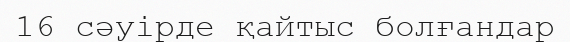
16 сәуірде қайтыс болғандар